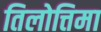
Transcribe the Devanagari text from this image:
तिलोत्तिमा